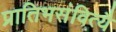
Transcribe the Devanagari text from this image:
प्रातिभसंवित्यै